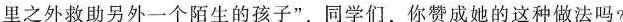
里之外救助另外一个陌生的孩子”，同学们，你赞成她的这种做法吗?